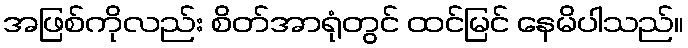
အဖြစ်ကိုလည်း စိတ်အာရုံတွင် ထင်မြင် နေမိပါသည်။